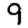
Digit: 9